system: You are a helpful assistant.
user:
Analyze the provided spectrum to determine if it is a **Carbon Star (C-type)**.

- **Key Visual Indicators of Carbon Star:**
    - **(Primary):** Strong molecular absorption from **C₂ (diatomic carbon) "Swan Bands."** This is the **defining feature** of a carbon star.
        - **(Key Bandheads):** Sharp absorption edges are visible at approximately $5635$ Å, $5165$ Å (the strongest band), and $4737$ Å.
        - **(Line Profile):** Creates a distinct **"saw-tooth"** pattern. The key morphology is a sharp, steep bandhead on the **red (long-wavelength) side**, which then gradually tapers off (i.e., flux recovers) towards the **blue (short-wavelength) side**. *(This is the direct opposite of the TiO bands seen in M-type stars)*.

    - **(Secondary):** Intense **CN (cyanogen)** molecular absorption bands.
        - **(Key Bandheads):** Located in the blue and violet regions of the spectrum (e.g., near $4215$ Å and $3883$ Å).
        - **(Morphology):** These bands are extremely broad and act as a "blanket," absorbing the vast majority of blue and violet light. This creates a characteristic **"cliff"** or **"steep drop-off"** in the spectrum's flux at short wavelengths.

    - **(Key Confirmation):** Strong **CH absorption band (G-band)**.
        - **(Key Bandhead):** Located around $4300$ Å. The contribution from CH molecules to this band is exceptionally strong.

    - **(Overall Spectrum):**
        - The continuum is severely "chopped up" by these deep molecular bands, especially C₂, rather than appearing as a smooth curve.
        - Due to the heavy CN and C₂ absorption in the blue-green, the vast majority of the star's flux is concentrated in the red part of the spectrum, giving the star its characteristic deep red color.

Think first, call **spectral_visualization_tool** if needed to examine features in detail, then provide your final answer. Your response must adhere to the following strict rules:
1.  **Overall Structure:** Your response must follow the format `<think>...</think> <tool_call>...</tool_call> (if a tool is used) <answer>...</answer>`.
2.  **Tool Usage Constraint:** You may only make **one** tool call per turn.
3.  **Final Answer Format:** In the `<answer>` tag, your conclusion must be inside a `\boxed{}` command (e.g., `\boxed{YES}`), followed by your justification.

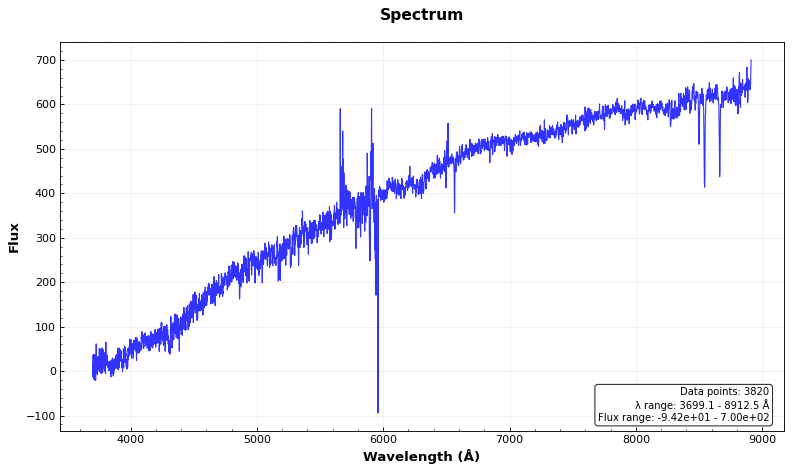
Answer: NO